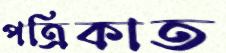
পত্রিকাত